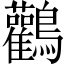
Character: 鸛